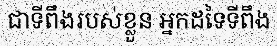
ជាទីពឹងរបស់ខ្លួន អ្នកដទៃទីពឹង